Calcutta medical institutions reports 1892-1900
Year: 1892
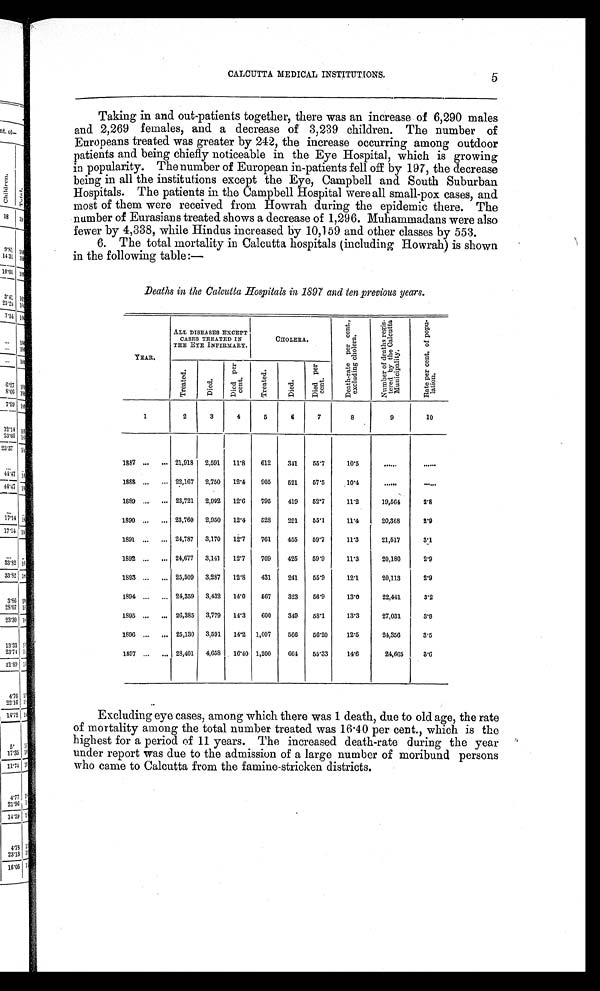
CALCUTTA MEDICAL INSTITUTIONS.
Taking in and out-patients together, there was an increase of 6,290 males
and 2,269 females, and a decrease of 3,239 children. The number of
Europeans treated was greater by 242, the increase occurring among outdoor
patients and being chiefly noticeable in the Eye Hospital, which is growing
in popularity. The number of European in-patients fell off by 197, the decrease
being in all the institutions except the Eye, Campbell and South Suburban
Hospitals. The patients in the Campbell Hospital were all small-pox cases, and
most of them were received from Howrah during the epidemic there. The
number of Eurasians treated shows a decrease of 1,296. Muhammadans were also
fewer by 4,338, while Hindus increased by 10,159 and other classes by 553.
6. The total mortality in Calcutta hospitals (including Howrah) is shown
in the following table:—
Deaths in the Calcutta Hospitals in 1897 and ten previous years.
YEAR.
ALL DISEASES EXCEPT
CASES TREATED IN
THE EYE INFIRMARY.
CHOLERA.
D e a t h - r a t e p e r c e n t . ,
e x c l u d i n g c h o l e r a .
Nu mb e r o f d e a t h s r e g i s -
t e r e d by t he Ca l c ut t a
Muni ci pal i t y.
R a t e p e r c e n t . o f P o p u -
l at i on.
Tr eat ed.
Died.
Di e d pe r
cent.
Tr e a t e d.
Died.
Di e d pe r
cent.
1
2
3
4
5
6
7
8
9
10
1887 ...
... 21,918 2,591
11.8
612
341
55.7
10.5
. . . . . .
......
1888 ...
... 22,167 2,750
12.4
905
521
57.5
10.4
. . . . . .
......
1889 ...
... 23,721 2,992
12.6
795
419
52.7
11.2
19,564
2.8
1890 ...
... 23,760
2,950
12.4
528
291
55.1
11.4
20,368
2.9
1891 ...
... 24,787 3,170
12.7
761
455
59.7
11.3
21,517
3.1
1892 ...
... 24,677 3,141
12.7
709
425
59.9
1 1
.
3
20,180
2.9
1893 ...
... 25,509 3,287
12.8
431
241
55.9
12.1
20,113
2.9
1894 ...
... 24,359 3,432
14.0
567
323
56.9
13.0
22,441
3.2
1895 ...
... 26,385 3,779
14.3
600
349
58.1
13.3
27,031
3.9
1896 ...
... 25,130 3,591
14.2 1,007
566
56.20
12.5
24,356
3.5
1897 ...
... 28,401
4,658
16.40 1,200
664
55.33
14.6
24,665
3.6
Excluding eye cases, among which there was 1 death, due to old age, the rate
of mortality among the total number treated was 16.40 per cent., which is the
highest for a period of 11 years. The increased death-rate during the year
under report was due to the admission of a large number of moribund persons
who came to Calcutta from the famine-stricken districts.
5